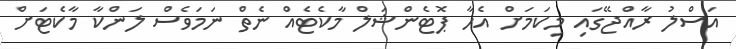
އަސްލު ރާއްޖޭގައި މިކަމަށް އެހާ ޕޮޓެންޝަލް މާކެޓެއް ނެތް ނަމަވެސް ލަންކާ މާކެޓަށް